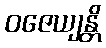
ဝဇေယျန္တိ